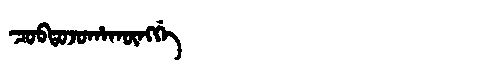
Manchu: ᠴᠣᠪᡨᠣᠵᠣᡥᠠᡴᡡᠩᡤᡝ
Romanization: COBTOJOHAKŪNGGE